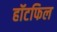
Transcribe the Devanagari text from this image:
हॉटफिल